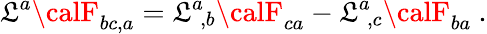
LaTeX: \mathfrak{L}^{a}{\calF}_{bc,a}=\mathfrak{L}^{a}\! _{,b}{\calF}_{ca}-\mathfrak{L}^{a}\! _{,c}{\calF}_{ba}\ .